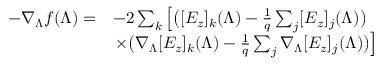
\begin{array} { r l } { - \nabla _ { \boldsymbol { \Lambda } } f ( \boldsymbol { \Lambda } ) = } & { - 2 \sum _ { k } \left[ \big ( [ E _ { z } ] _ { k } ( \boldsymbol { \Lambda } ) - \frac { 1 } { q } \sum _ { j } [ E _ { z } ] _ { j } ( \boldsymbol { \Lambda } ) \big ) \right. } \\ & { \left. \times \big ( \nabla _ { \boldsymbol { \Lambda } } [ E _ { z } ] _ { k } ( \boldsymbol { \Lambda } ) - \frac { 1 } { q } \sum _ { j } \nabla _ { \boldsymbol { \Lambda } } [ E _ { z } ] _ { j } ( \boldsymbol { \Lambda } ) \big ) \right] } \end{array}